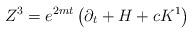
LaTeX: \begin{align*}Z^{3}=e^{2mt}\left( \partial _{t}+H+cK^{1}\right)\end{align*}